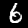
Label: 6